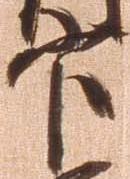
官